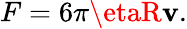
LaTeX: F=6\pi\etaR\mathbf{v}.